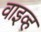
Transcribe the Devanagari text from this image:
वाइव्ह